Indian Medical Review
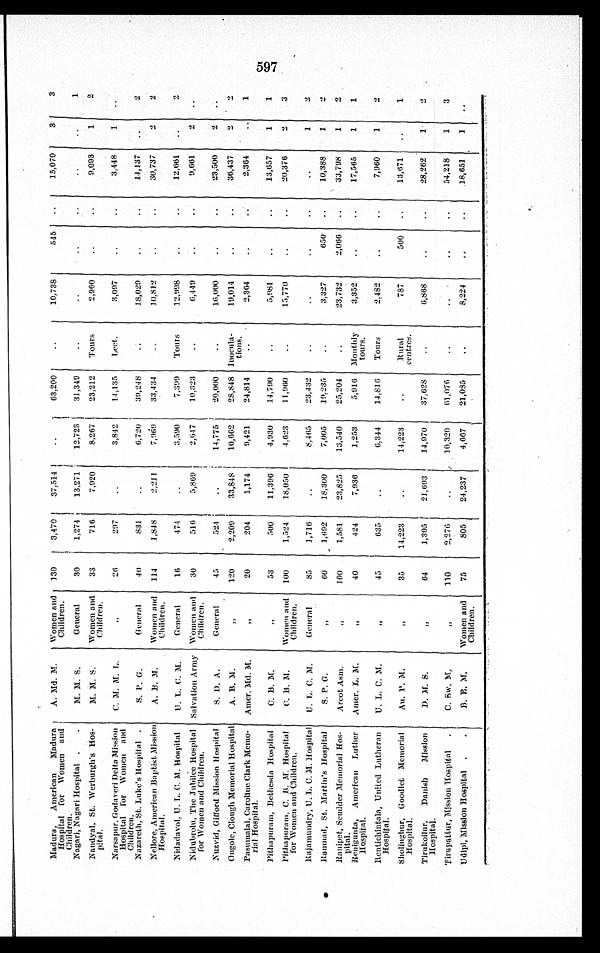
Madura, American Madura
Hospital for Women and
Children.
A. Md. M. Women and
Children. 130
3,470 37,514
63,200
10,738
545
15,070 3
3
Nagari, Nagari Hospital
M. M. S.
General
30
1,274 13,271
12,723 31,349
1
Nandyal, St. Werburgh's Hos-
pital.
M. M. S .
Women and
Children.
33
716
7,920
8,267 23,212 Tours
2,960
9,093
1
2
Narsapur, Godaveri Delta Mission
Hospital for Women and
Children.
C. M. M. L.
„ 26
297
3,842 14,135 Lect.
3,097
3,448
1
Nazareth, St. Luke's Hospital
S. P. G.
General
40
831
6,720 39,248
18,029
14,137
2
Nellore, American Baptist Mission
Hospital.
A. B. M.
Women and
Children. 114
1,848
2,211
7,969 33,434
10,812
30,737
2
2
Nidadavol, U. L. C. M. Hospital U. L. C. M.
General
1 6
474
3,590
7,399 Tours
12,998
12,661
2
Nidubrolu, The Jubilee Hospital
for Women and Children.
Salvation Army Women and
Children.
30
516
5,869
2,647 10,323
6,449
9,661
2
Nuzvid, Gifford Mission Hospital
S. D. A.
General
45
524
14,775 20,000
16,000
23,500
2
Ongole, Clough Memorial Hospital A. B. M.
„ 120
2,209 33,848 10,662 28,848 Inocula- tions.
19,014
36,437
2
2
Pasumalai, Caroline Clark Memo-
rial Hospital.
Amer. Md. M.
„
20
204
1,174
9,421 24,814
2,364
2,364
1
Pithapuram, Bethesda Hospital
C. B. M.
„
53
500
11,396
4,930 14,790
5,981
13,657
1
1
Pithapuram, C. B. M. Hospital
for Women and Children.
C. B. M.
Women and
Children. 100
1,524
18,050
4,623
11,960
15,770
20,376
2
3
Raj amundry, U. L. C. M. Hospi tal U. L. C. M.
General
85
1,716
8,465 23,432
1
2
Ramnad, St. Martin's Hospital
S. P. G.
„
60
1,692 18,300
7,005 19,235
3,327
650
10,388
1
2
Rani pet, Scudder Memori al Hos-
pital.
Arcot Asm.
„ 100
1,581 23,825
13,540 25,204
23,732
2,066
3 3 , 7 9 8
1
2
Renigunta, American Luther
Hospital.
Amer. L. M.
„
40
424
7,936
1,253
5,916 Monthly tours.
3,352
17,565
1
1
Rentichintala, United Lutheran
Hospital.
U. L. C. M.
„
45
635
6,344
14,816 Tours
2,482
7,960
1
2
Sholinghur, Goodlet Memorial
Hospital.
Au. P. M.
„ 35 14,223
14,223
Rural
centres.
787
500
13,671
1
Tirukoilur, Danish Mission
Hospital.
D. M. S.
„
64
1,395 21,693 14,970 37,628
6,868
28,262
1
2
Tiruputtur, Mission Hospital
C. Sw. M.
„ 110
2,276
10,320 61,076
54,218
1
3
Udipi, Mission Hospital
B. E. M.
Women and
Children.
75
805 24,237
4,667 21,085
8,224
18,651
1